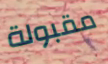
مقبولة